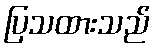
ပြသထားသည်